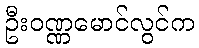
ဦးဝဏ္ဏမောင်လွင်က